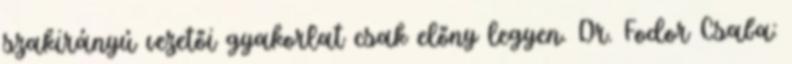
szakirányú vezetői gyakorlat csak előny legyen. Dr. Fodor Csaba: